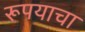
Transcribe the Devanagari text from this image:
रूपयाचा